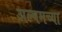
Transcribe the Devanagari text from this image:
अल्बमच्या